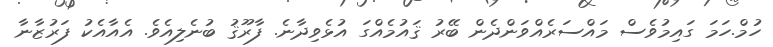
ހުމް.ހަމަ ގައިމުވެސް މައްސަރެއްވަންދެން ބޭރު ޤައުމެއްގަ އުޅެވިދާނެ. ފާރޫޤު ބުނެލިއެވެ. އެއާއެކު ފަރުޒާނާ